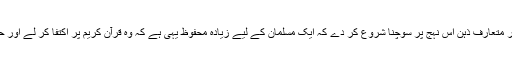
اس سب کے پیچھے یہ مقصد کار فرما تھا کہ دینی علوم سے غیر متعارف ذہن اس نہج پر سوچنا شروع کر دے کہ ایک مسلمان کے لیے زیادہ محفوظ یہی ہے کہ وہ قرآن کریم پر اکتفا کر لے اور حدیث کے معاملہ میں پڑ کر بلاوجہ اپنے آپ کو پریشان نہ کرے۔